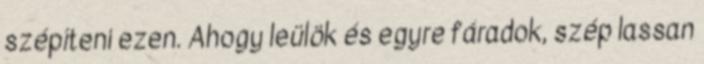
szépíteni ezen. Ahogy leülök és egyre fáradok, szép lassan